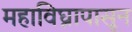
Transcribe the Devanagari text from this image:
महाविघ्नापासून